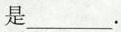
是___.